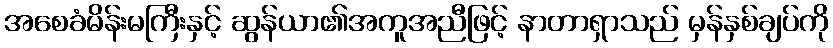
အစေခံမိန်းမကြီးနှင့် ဆွန်ယာ၏အကူအညီဖြင့် နာတာရှာသည် မှန်နှစ်ချပ်ကို